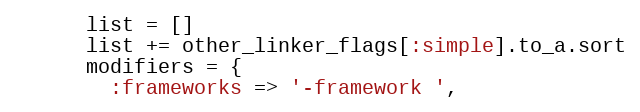
Language: Ruby
      list = []
      list += other_linker_flags[:simple].to_a.sort
      modifiers = {
        :frameworks => '-framework ',